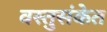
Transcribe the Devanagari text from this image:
वस्तुसंकेत